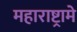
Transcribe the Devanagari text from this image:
महाराष्ट्रामे